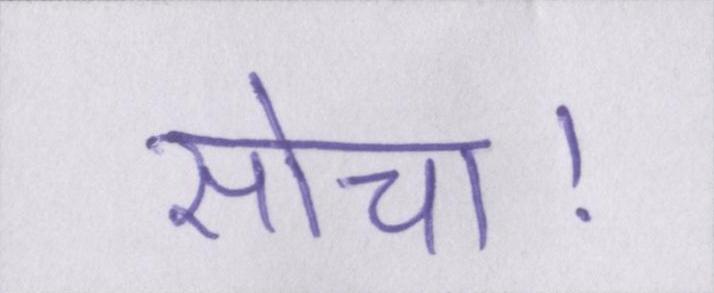
सोचा।